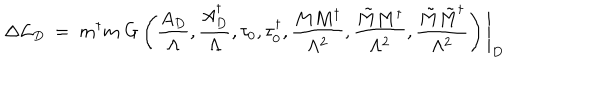
\Delta { \cal L } _ { D } \ = \ m ^ { \dagger } m \ G \left( { \frac { A _ { D } } { \Lambda } } , { \frac { A _ { D } ^ { \dagger } } { \Lambda } } , \tau _ { 0 } , \tau _ { 0 } ^ { \dagger } , { \frac { M M ^ { \dagger } } { \Lambda ^ { 2 } } } , { \frac { \tilde { M } M ^ { \dagger } } { \Lambda ^ { 2 } } } , { \frac { \tilde { M } \tilde { M } ^ { \dagger } } { \Lambda ^ { 2 } } } \right) \Bigg | _ { D }